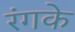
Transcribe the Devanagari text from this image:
रंगके